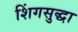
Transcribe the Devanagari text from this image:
शिंगसुद्धा